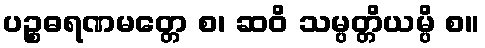
ပဉ္စဓရဏမတ္တေ စ၊ ဆဝိ သမ္ပတ္တိယမ္ပိ စ။